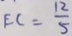
E C = \frac { 1 2 } { 5 }